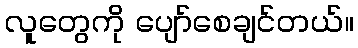
လူတွေကို ပျော်စေချင်တယ်။